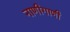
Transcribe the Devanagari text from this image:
नाणीगाणी